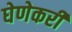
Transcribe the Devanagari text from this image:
घेणेकरी